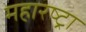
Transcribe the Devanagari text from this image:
महारष्ट्रा